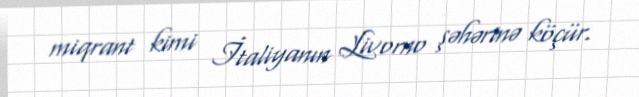
miqrant kimi İtaliyanın Livorno şəhərinə köçür.